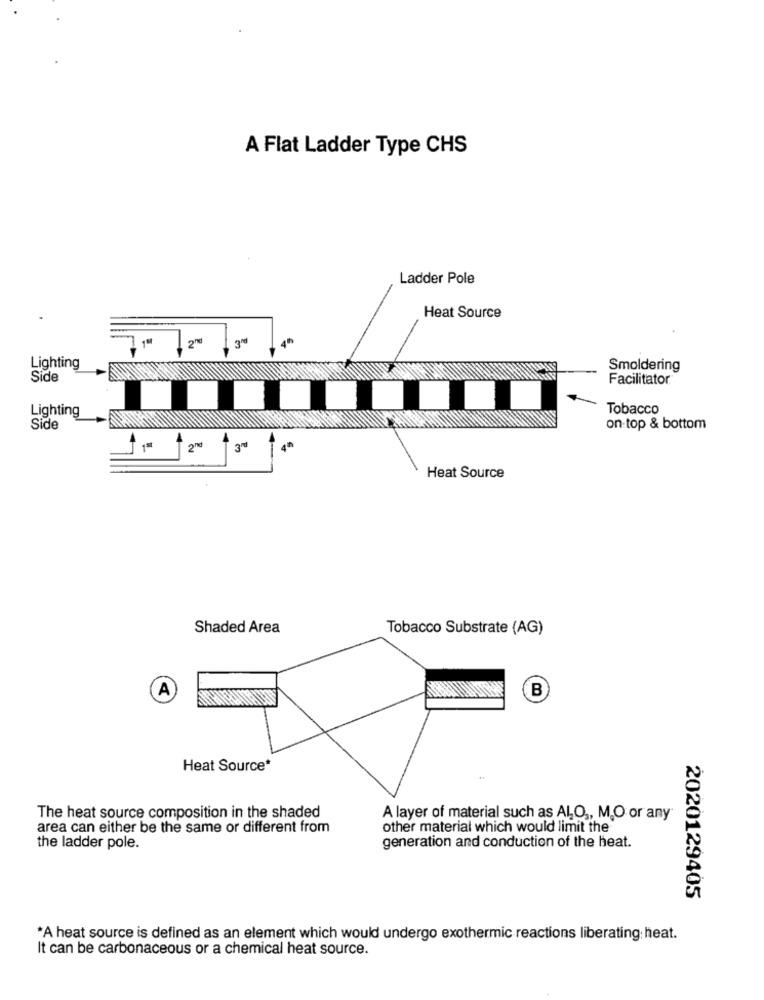
A Flat Ladder Type CHS
Ladder Pole
Heat Source
2℃
3%
Lighting
Smoldering
Side
Facilitator
Lighting
Tobacco
Side
on top & bottom
2nd
4th
Heat Source
Shaded Area
Tobacco Substrate (AG)
B
A
Heat Source*
The heat source composition in the shaded
A layer of material such as ALO ,, M,O or any
area can either be the same or different from
other material which would limit the
the ladder pole.
generation and conduction of the heat.
2020129405
*A heat source is defined as an element which would undergo exothermic reactions liberating: heat.
It can be carbonaceous or a chemical heat source.